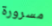
مسرورة